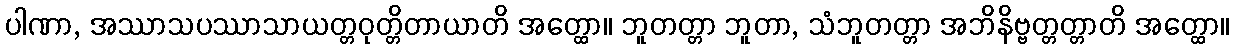
ပါဏာ, အဿာသပဿာသာယတ္တဝုတ္တိတာယာတိ အတ္ထော။ ဘူတတ္တာ ဘူတာ, သံဘူတတ္တာ အဘိနိဗ္ဗတ္တတ္တာတိ အတ္ထော။